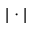
| \cdot |